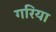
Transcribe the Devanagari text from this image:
गरिया